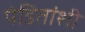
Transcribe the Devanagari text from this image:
पंडितांशी